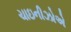
ચાઇનીઝોએ